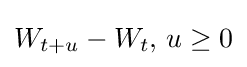
W_{t+u}-W_{t},\,u\geq 0